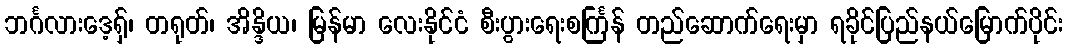
ဘင်္ဂလားဒေ့ရှ်၊ တရုတ်၊ အိန္ဒိယ၊ မြန်မာ လေးနိုင်ငံ စီးပွားရေးစင်္ကြန် တည်ဆောက်ရေးမှာ ရခိုင်ပြည်နယ်မြောက်ပိုင်း